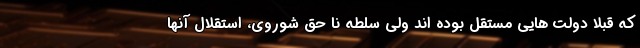
که قبلا دولت هایی مستقل بوده اند ولی سلطه نا حق شوروی، استقلال آنها